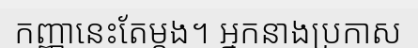
កញ្ញានេះតែម្តង។ អ្នកនាងប្រកាស